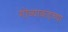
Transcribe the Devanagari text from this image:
गोव्याकडच्या